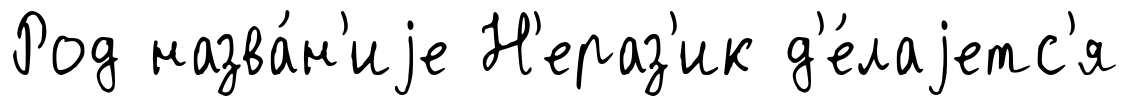
Род назва́н'иjе Н'ераз'ик д'е́лаjетс'я